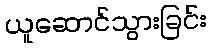
ယူဆောင်သွားခြင်း